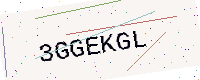
Text: 3GGEKGL